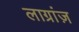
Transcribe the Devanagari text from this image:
लाग्रांज़